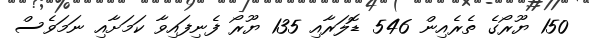
150 ޔޫރޯގެ ތެރެއިން 546 ޑޮލަރާއި 135 ޔޫރޯ ފެނިފައިވާ ކަަމަށާއި ނަމަވެސް